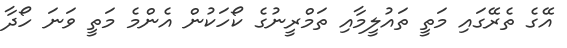
އޭގެ ތެރޭގައި މަތީ ތައުލީމާއި ތަމްރީނުގެ ކޯހަކުން އެންމެ މަތީ ވަނަ ހޯދާ